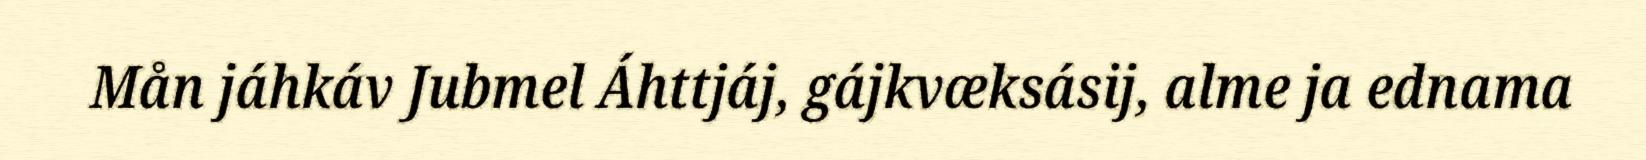
Mån jáhkáv Jubmel Áhttjáj, gájkvæksásij, alme ja ednama